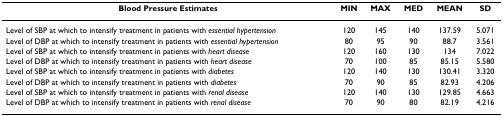
| Blood Pressure Estimates | MIN | MAX | MED | MEAN | SD |
 | --- | --- | --- | --- | --- | --- |
 | Level of SBP at which to intensify treatment in patients with essential hypertension | 120 | 145 | 140 | 137.59 | 5.071 |
 | Level of DBP at which to intensify treatment in patients with essential hypertension | 80 | 95 | 90 | 88.7 | 3.561 |
 | Level of SBP at which to intensify treatment in patients with heart disease | 120 | 160 | 130 | 134 | 7.022 |
 | Level of DBP at which to intensify treatment in patients with heart disease | 70 | 100 | 85 | 85.15 | 5.580 |
 | Level of SBP at which to intensify treatment in patients with diabetes | 120 | 140 | 130 | 130.41 | 3.320 |
 | Level of DBP at which to intensify treatment in patients with diabetes | 70 | 90 | 85 | 82.93 | 4.206 |
 | Level of SBP at which to intensify treatment in patients with renal disease | 120 | 140 | 130 | 129.85 | 4.663 |
 | Level of DBP at which to intensify treatment in patients with renal disease | 70 | 90 | 80 | 82.19 | 4.216 |